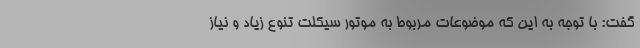
گفت: با توجه به این که موضوعات مربوط به موتور سیکلت تنوع زیاد و نیاز